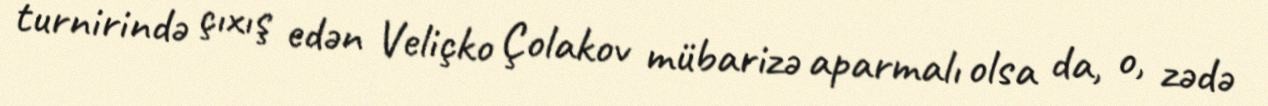
turnirində çıxış edən Veliçko Çolakov mübarizə aparmalı olsa da, o, zədə